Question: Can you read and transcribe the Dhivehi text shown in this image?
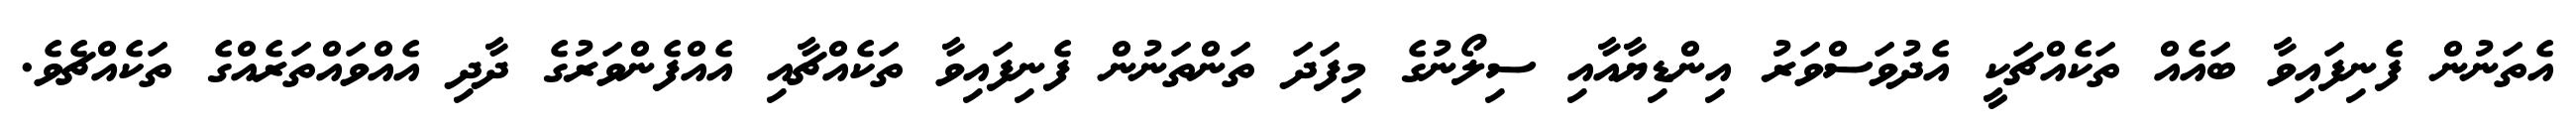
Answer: އެތަނުން ފެނިފައިވާ ބައެއް ތަކެއްޗަކީ އެދުވަސްވަރު އިންޑިޔާއާއި ސިލޯނުގެ މިފަދަ ތަންތަނުން ފެނިފައިވާ ތަކެއްޗާއި އެއްފެންވަރުގެ ދާދި އެއްވައްތަރެއްގެ ތަކެއްޗެވެ.